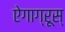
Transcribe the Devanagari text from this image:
ऐगाग्रूस्